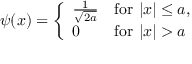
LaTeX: \psi ( x ) = { \left\{ \begin{array} { l l } { { \frac { 1 } { \sqrt { 2 a } } } } & { { \mathrm { f o r ~ } } | x | \leq a , } \\ { 0 } & { { \mathrm { f o r ~ } } | x | > a } \end{array} \right. }